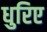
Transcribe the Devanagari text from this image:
धुरिए